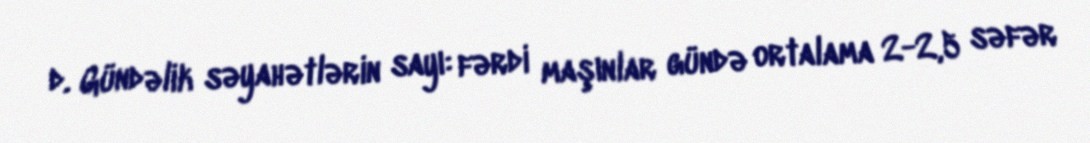
d. Gündəlik səyahətlərin sayı: fərdi maşınlar gündə ortalama 2-2,5 səfər